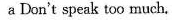
a Don't speak too much.